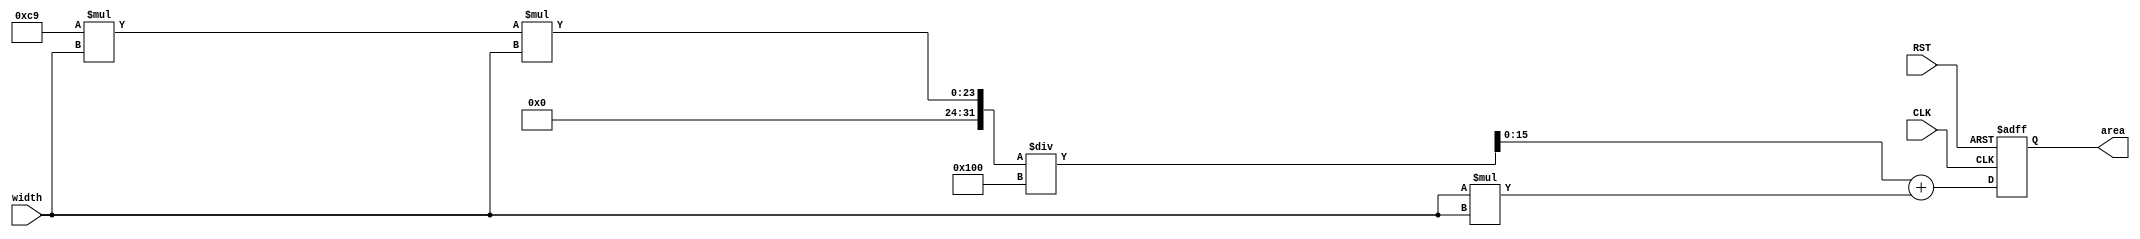
/***********************************************
Module Name:   function_2line
Feature:       Area calculation with 2 functions with circle and square
Coder:         Garfield
Organization:  XXXX Group, Department of Architecture
------------------------------------------------------
Input ports:   CLK, 1 bit, clock
               RST, 1 bit, reset
               width, 8 bits, width length, unsiged
                     one void value in one clock
Output Ports:  area, 16 bits, area value with the sharp
------------------------------------------------------
History:
01-29-2016: First Version by Garfield
01-29-2016: First verified by Function_test
***********************************************/

module function_2lines
  ( 
    input CLK, input RST,
    input[7:0] width,
    output reg[16:0]area
  );
  
//Load other module(s)

//Definition for Variables in the module
reg[15:0] circle_area;
reg[15:0] square_area;
//Area for circle and square

//Functions for area calculation
function[15:0] circle(input[7:0] diameter);
begin
    circle = (24'd201 * {16'h0, diameter} * {16'h0, diameter}) / 256;
end
endfunction

function[15:0] square(input[7:0] width);
begin
    square = {8'h0, width} * {8'h0, width};
end
endfunction

//Logical
always @(width)
begin
    circle_area <= circle(width);
    square_area <= square(width);
end

always @(posedge CLK, negedge RST)
begin
    if (!RST)
    //Reset
    begin
       area <= 17'h0000;
    end
    else 
    //Data comes
    begin
        area <= circle_area +  square_area;
    end
end

endmodule